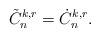
LaTeX: \begin{align*} \tilde{C}_n^{k,r}= \dot{C}_n^{k,r}.\end{align*}